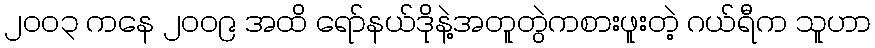
၂၀၀၃ ကနေ ၂၀၀၉ အထိ ရော်နယ်ဒိုနဲ့အတူတွဲကစားဖူးတဲ့ ဂယ်ရီက သူဟာ